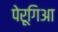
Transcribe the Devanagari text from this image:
पेरूगिआ